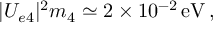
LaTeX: | U _ { e 4 } | ^ { 2 } m _ { 4 } \simeq 2 \times 1 0 ^ { - 2 } \, \mathrm { e V } \, ,